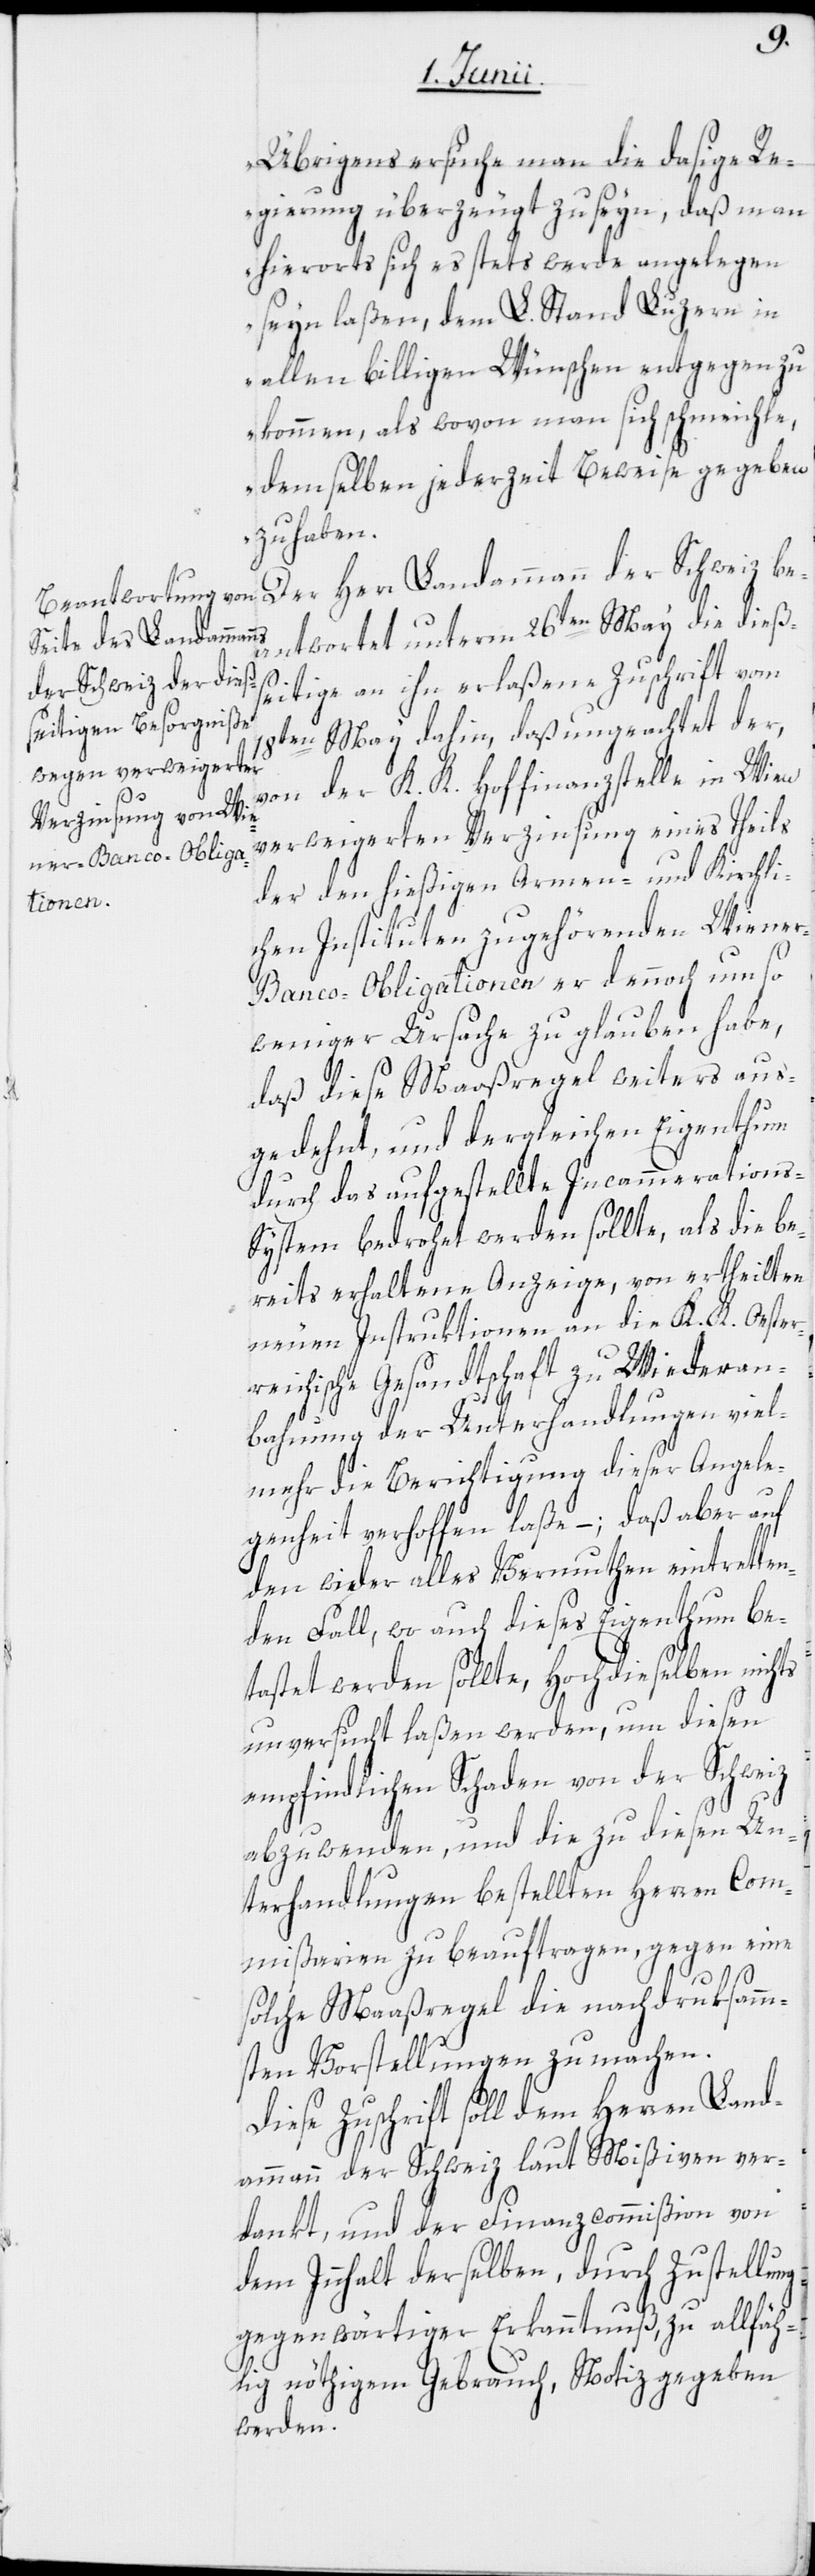
Übrigens ersuche man die dasige Re¬
gierung überzeugt zu seyn, daß man
hierorts sich es stets werde angelegen
seyn laßen, dem L. Stand Luzern in
allen billigen Wünschen entgegen zu
kommen, als wovon man sich schmeichle,
demselben jederzeit Beweise gegeben
zu haben.“
Der Herr Landammann der Schweiz be¬
antwortet unterm 26ten May die dießs¬
eitige an ihn erlaßene Zuschrift vom
18ten May dahin, daß ungeachtet der,
der K. K. Hoffinanzstelle in Wien
von
verweigerten Verzinsung eines Theils
der den hießigen Armen- und Kirchli¬
chen Instituten zugehörenden Wiene¬
r-Banco-Obligationen er dennoch um so
weniger Ursache zu glauben habe,
daß diese Maaßregel weiters aus¬
gedehnt, und dergleichen Eigenthum
durch das aufgestellte Incammerations-S¬
ystem bedrohet werden sollte, als die be¬
reits erhaltene Anzeige, von ertheilten
neuen Instruktionen an die K. K. Oester¬
reichische Gesandtschaft zu Wiederan¬
bahnung der Unterhandlungen viel¬
mehr die Berichtigung dieser Angele¬
genheit verhoffen laße – ; daß aber auf
den wider alles Vermuthen eintretten¬
den Fall, wo auch dieses Eigenthum be¬
tastet werden sollte, Hochdieselben nichts
unversucht laßen werden, um diesen
empfindlichen Schaden von der Schweiz
abzuwenden, und die zu diesen Un¬
terhandlungen bestellten Herren Com¬
mißarien zu beauftragen, gegen eine
solche Maaßregel die nachdruksamm¬
sten Vorstellungen zu machen.
Diese Zuschrift soll dem Herren Land¬
ammann der Schweiz laut Mißiven ver¬
dankt, und der Finanzcommißion von
dem Innhalt derselben, durch Zustellung
gegenwärtiger Erkanntnuß, zu allfäh¬
lig nöthigem Gebrauch, Notiz gegeben
werden.